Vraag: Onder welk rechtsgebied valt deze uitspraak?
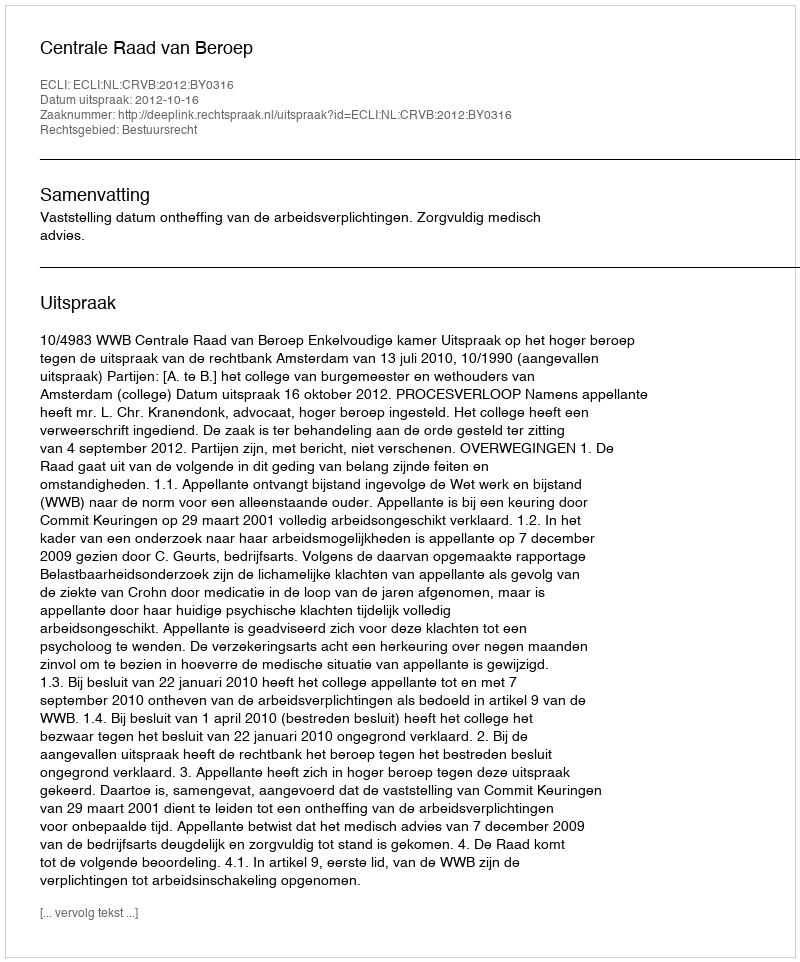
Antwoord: Bestuursrecht